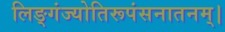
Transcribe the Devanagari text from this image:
लिङ्गंज्योतिरूपंसनातनम्।